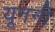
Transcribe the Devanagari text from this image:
यूननी